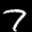
Label: 7